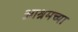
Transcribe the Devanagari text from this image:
आश्रमच्या